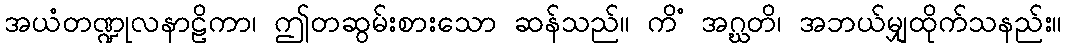
အယံတဏ္ဍုလနာဠိကာ၊ ဤတဆွမ်းစားသော ဆန်သည်။ ကိံ အဂ္ဃတိ၊ အဘယ်မျှထိုက်သနည်း။